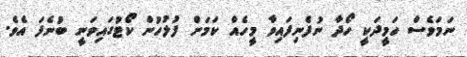
ނަމަވެސް ހަމީދަކީ ހޯދާ ނުފެނިފައިވާ މީހެއް ކަމަށް ފުލުހުން ކޯޓުގައިވަނީ ބުނެފަ އެވެ.